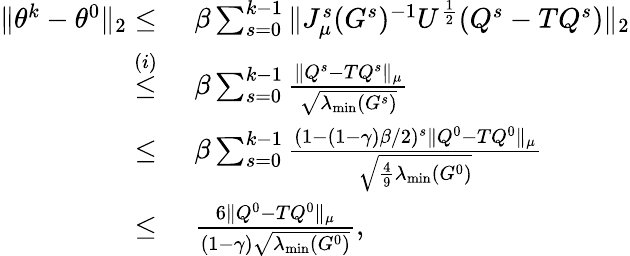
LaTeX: \begin{array}{rl}{\| \theta^{k}-\theta^{0}\| _{2}\leq}&{\, \, \beta\sum_{s=0}^{k-1}\| J_{\mu}^{s}(G^{s})^{-1}U^{\frac{1}{2}}(Q^{s}-TQ^{s})\| _{2}}\\ {\overset{(i)}{\leq}}&{\, \, \beta\sum_{s=0}^{k-1}\frac{\| Q^{s}-TQ^{s}\| _{\mu}}{\sqrt{\lambda_{\operatorname*{min}}(G^{s})}}}\\ {\leq}&{\, \, \beta\sum_{s=0}^{k-1}\frac{(1-(1-\gamma)\beta/2)^{s}\| Q^{0}-TQ^{0}\| _{\mu}}{\sqrt{\frac{4}{9}\lambda_{\operatorname*{min}}(G^{0})}}}\\ {\leq}&{\, \, \frac{6\| Q^{0}-TQ^{0}\| _{\mu}}{(1-\gamma)\sqrt{\lambda_{\operatorname*{min}}(G^{0})}},}\end{array}